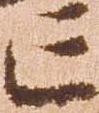
亡